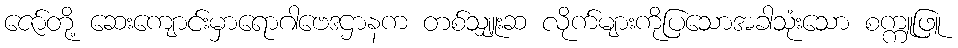
ဇော်တို့ ဆေးကျောင်းမှာရောဂါဗေဒဌာနက တစ်သျှူးဆ လိုက်များကိုပြသောအခါသုံးသော စက္ကူဖြူ